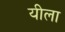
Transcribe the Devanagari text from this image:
यीला